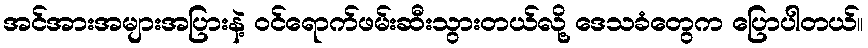
အင်အားအများအပြားနဲ့ ဝင်ရောက်ဖမ်းဆီးသွားတယ်လို့ ဒေသခံတွေက ပြောပါတယ်။